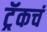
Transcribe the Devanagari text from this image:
ट्रॅकचं